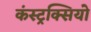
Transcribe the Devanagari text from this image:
कंस्ट्रक्सियो